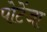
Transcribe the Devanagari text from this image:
पोटेंजा